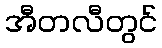
အီတလီတွင်